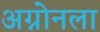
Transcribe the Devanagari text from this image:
अग्नोनला